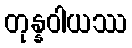
တုန္နဝါယဿ